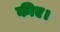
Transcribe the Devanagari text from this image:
कीए।